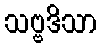
သဗ္ဗဒိသာ